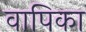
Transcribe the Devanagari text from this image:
वापिका